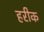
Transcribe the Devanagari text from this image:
हरीक